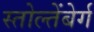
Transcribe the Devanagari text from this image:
स्तोल्तेंबेर्ग